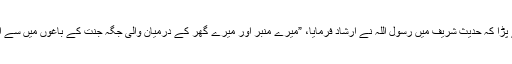
یہ نام اس لیے پڑا کہ حدیث شریف میں رسول اللہ نے ارشاد فرمایا، ”میرے منبر اور میرے گھر کے درمیان والی جگہ جنت کے باغوں میں سے ایک باغ ہے“۔